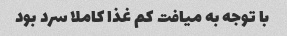
با توجه به میافت کم غذا کاملا سرد بود